Indian journal of veterinary science and animal husbandry - Volumes 28-29, 1958-1959
Year: 1958
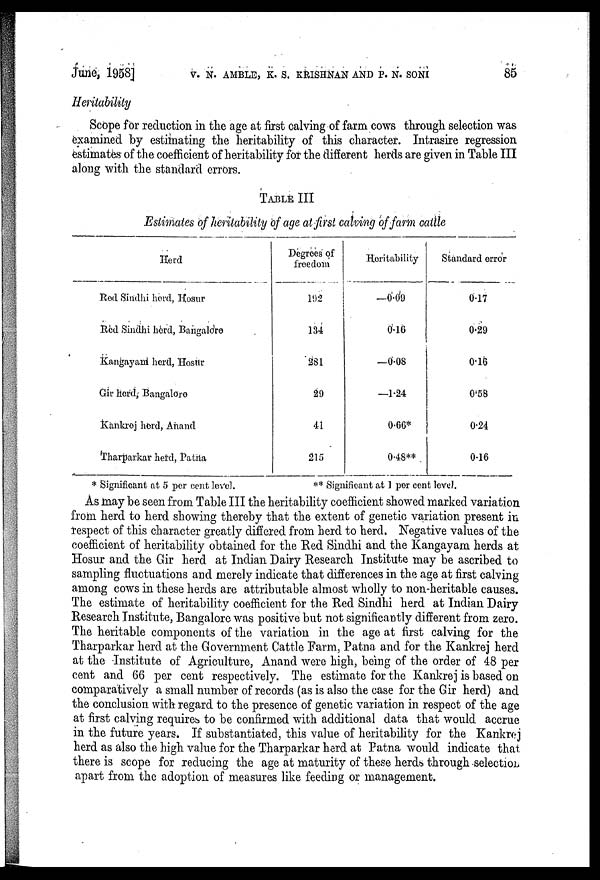
June, 1958] V. N. AMBLE, K. S. KRISHNAN AND P. N. SONI 85
Heritability
Scope for reduction in the age at first calving of farm cows through selection was
examined by estimating the heritability of this character. Intrasire regression
estimates of the coefficient of heritability for the different herds are given in Table III
along with the standard errors.
TABLE III
Estimates of heritability of age at first calving of farm cattle
Herd
Red Sindhi herd, Hosur
Red Sindhi herd, Bangalore
Kangayam herd, Hosur
Gir herd, Bangalore
Kankrej herd, Anand
Tharparkar herd, Patna
Degrees of
freedom
192
134
281
29
41
215
Heritability
—0.09
0.16
—0.08
—1.24
0.66*
0.48**
Standard error
0.17
0.29
0.16
0.58
0.24
0.16
* Significant at 5 per cent level.
** Significant at 1 per cent level.
As may be seen from Table III the heritability coefficient showed marked variation
from herd to herd showing thereby that the extent of genetic variation present in
respect of this character greatly differed from herd to herd. Negative values of the
coefficient of heritability obtained for the Red Sindhi and the Kangayam herds at
Hosur and the Gir herd at Indian Dairy Research Institute may be ascribed to
sampling fluctuations and merely indicate that differences in the age at first calving
among cows in these herds are attributable almost wholly to non-heritable causes.
The estimate of heritability coefficient for the Red Sindhi herd at Indian Dairy
Research Institute, Bangalore was positive but not significantly different from zero.
The heritable components of the variation in the age at first calving for the
Tharparkar herd at the Government Cattle Farm, Patna and for the Kankrej herd
at the Institute of Agriculture, Anand were high, being of the order of 48 per
cent and 66 per cent respectively. The estimate for the Kankrej is based on
comparatively a small number of records (as is also the case for the Gir herd) and
the conclusion with regard to the presence of genetic variation in respect of the age
at first calving requires to be confirmed with additional data that would accrue
in the future years. If substantiated, this value of heritability for the Kankrej
herd as also the high value for the Tharparkar herd at Patna would indicate that
there is scope for reducing the age at maturity of these herds through selection
apart from the adoption of measures like feeding or management.